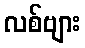
လစ်ဗျား